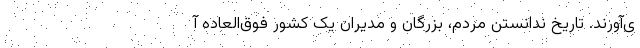
ی‌آورند. تاریخ ندانستن مردم، بزرگان و مدیران یک کشور فوق‌العاده آ